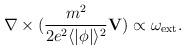
LaTeX: \begin{align*}{\bf \nabla} \times (\frac{m^2}{2 e^2 \langle|\phi|\rangle^2}{\bf V} ) \propto {\bf \omega}_{\rm ext}.\end{align*}